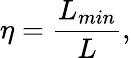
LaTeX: \eta=\frac{L_{min}}{L},